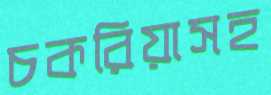
চকরিয়াসহ